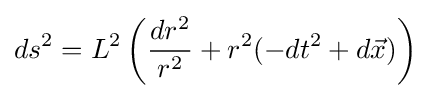
ds^{2}=L^{2}\left({\frac {dr^{2}}{r^{2}}}+r^{2}(-dt^{2}+d{\vec {x}})\right)